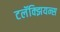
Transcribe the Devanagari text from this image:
टलॅक्झियन्स